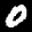
Label: 0